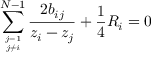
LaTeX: \sum _ { j = 1 \atop j \not = i } ^ { N - 1 } { \frac { 2 b _ { i j } } { z _ { i } - z _ { j } } } + { \frac { 1 } { 4 } } R _ { i } = 0